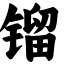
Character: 镏